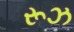
રૂઝ